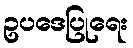
ဥပဒေပြုရေး